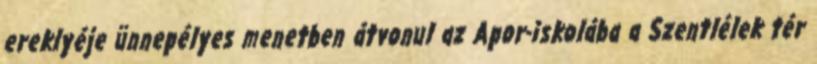
ereklyéje ünnepélyes menetben átvonul az Apor-iskolába a Szentlélek tér